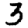
Digit: 3